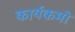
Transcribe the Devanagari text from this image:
कार्यकमो